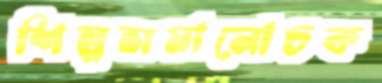
শিল্পসমালোচক